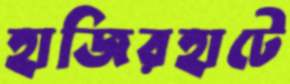
হাজিরহাটে